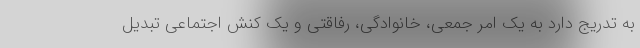
به تدریج دارد به یک امر جمعی، خانوادگی، رفاقتی و یک کنش اجتماعی تبدیل